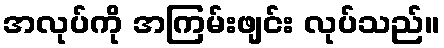
အလုပ်ကို အကြမ်းဖျင်း လုပ်သည်။